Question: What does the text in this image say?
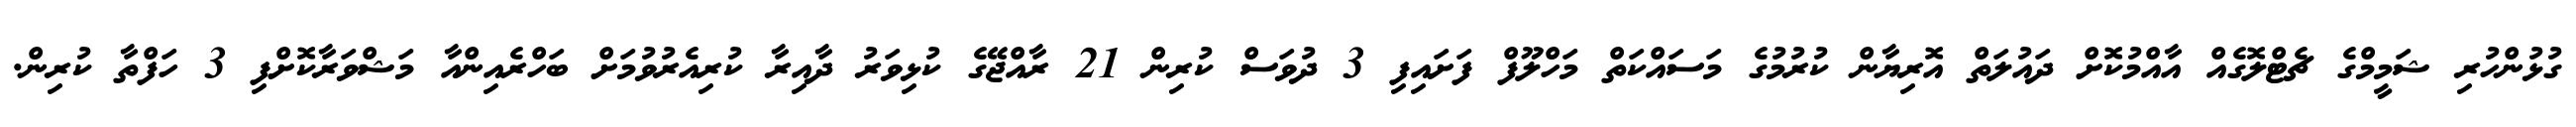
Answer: ގުޅުންހުރި ޝަމީމްގެ ޗެޓްލޮގެއް އާއްމުކޮށް ދައުލަތް އޮރިޔާން ކުރުމުގެ މަސައްކަތް މަހްލޫފް ފަށައިފި 3 ދުވަސް ކުރިން 21 ރާއްޖޭގެ ކުޅިވަރު ދާއިރާ ކުރިއެރުވުމަށް ބަހްރެއިންއާ މަޝްވަރާކޮށްފި 3 ހަފްތާ ކުރިން.